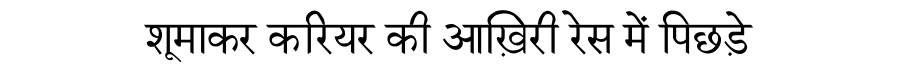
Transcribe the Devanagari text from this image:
शूमाकर करियर की आख़िरी रेस में पिछड़े